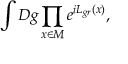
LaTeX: \int { \cal D } g \prod _ { x \in \cal M } e ^ { i { \cal L } _ { g r } ( x ) } ,